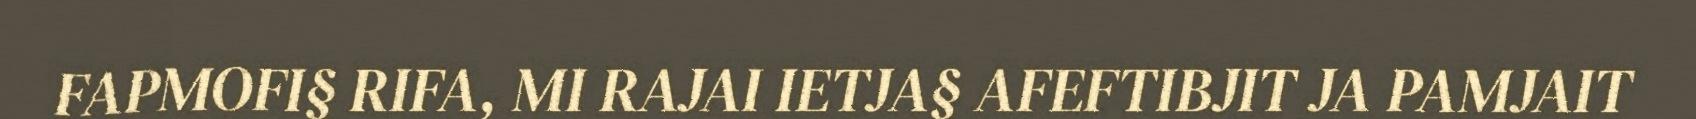
FAPMOFI§ RIFA, MI RAJAI IETJA§ AFEFTIBJIT JA PAMJAIT